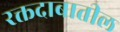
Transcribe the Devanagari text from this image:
रक्तदाबातील